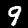
Digit: 9